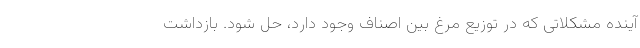
آینده مشکلاتی که در توزیع مرغ بین اصناف وجود دارد، حل شود. بازداشت